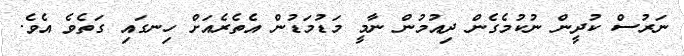
ނަރުސް ކުދީން ނުކުމެގެން ދިއުމުން ނާމީ މަޑުމަޑުން އެތެރެއަށް ހިނގައި ގަތެވެ އެވެ.